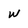
Character: W